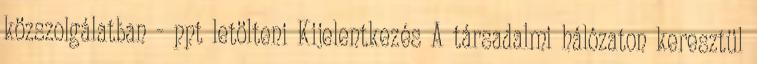
közszolgálatban - ppt letölteni Kijelentkezés A társadalmi hálózaton keresztül